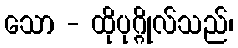
သော - ထိုပုဂ္ဂိုလ်သည်၊